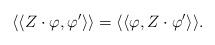
LaTeX: \begin{align*}\langle\langle Z\cdot\varphi,\varphi'\rangle\rangle=\langle\langle\varphi,Z\cdot \varphi'\rangle\rangle.\end{align*}